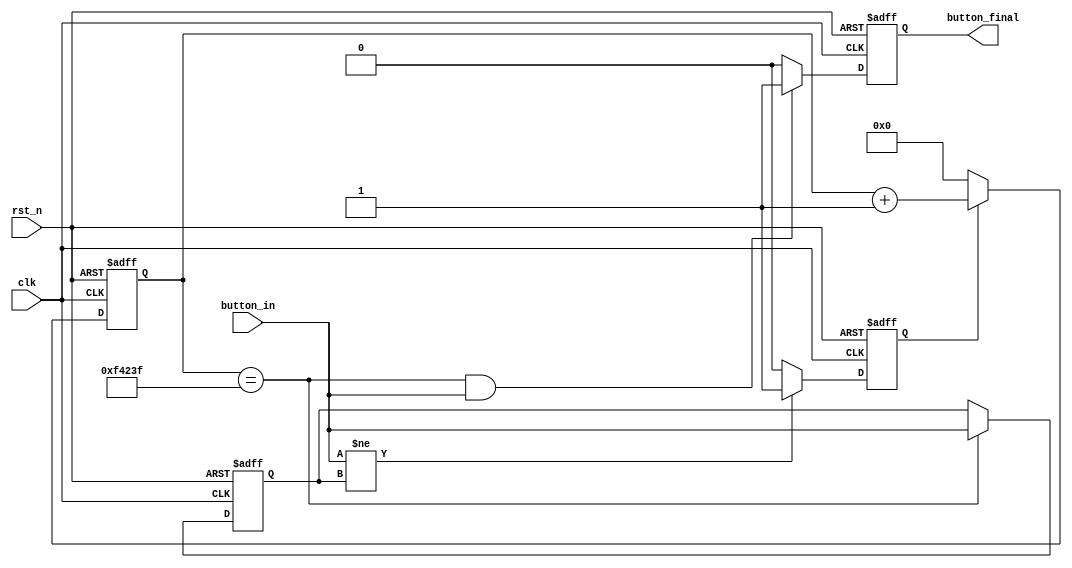
`timescale 1ns / 1ps
//////////////////////////////////////////////////////////////////////////////////
// Company: 
// Engineer: 
// 
// Design Name: 
// Module Name:    button_jitter 
// Project Name: 
// Target Devices: 
// Tool versions: 
// Description: 
//
// Dependencies: 
//
// Revision: 
// Revision 0.01 - File Created
// Additional Comments: 
//
//////////////////////////////////////////////////////////////////////////////////
module button_jitter(
    input clk,
    input rst_n,
    input button_in,
	output reg button_final
    );

	reg [31:0] cnt;
	reg cnt_en;
   reg button_out;
	parameter interval=1_000_000;
		
	always @(posedge clk or negedge rst_n)
	 begin
	   if (~rst_n) button_out<=1'b0;
		else if (cnt==interval-1) button_out<=button_in;
	end
	
	always @(posedge clk or negedge rst_n)
	 begin
	   if (~rst_n) button_final<=1'b0;
	   else if (cnt==interval-1 && button_in) button_final<=1'b1;
		else if (button_final) button_final<=1'b0;
	end
	
	always @(posedge clk or negedge rst_n)
	 begin
	   if (~rst_n) cnt_en<=1'b0;
		else if (button_in != button_out) cnt_en<=1'b1;
		else cnt_en<=1'b0;
	end

	always @(posedge clk or negedge rst_n)
	 begin
	   if (~rst_n) cnt<=32'b0;
		else if (cnt_en) cnt<=cnt+32'b1;
		else cnt<=32'b0;
	end
		
endmodule